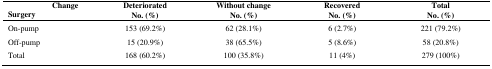
<table><thead><tr><td><b> Change</b></td><td><b>Deteriorated</b></td><td><b>Without change</b></td><td><b>Recovered</b></td><td><b>Total</b></td></tr><tr><td><b>Surgery</b></td><td><b>No. (%)</b></td><td><b>No. (%)</b></td><td><b>No. (%)</b></td><td><b>No. (%)</b></td></tr></thead><tbody><tr><td>On-pump</td><td>153 (69.2%)</td><td>62 (28.1%)</td><td>6 (2.7%)</td><td>221 (79.2%)</td></tr><tr><td>Off-pump</td><td>15 (20.9%)</td><td>38 (65.5%)</td><td>5 (8.6%)</td><td>58 (20.8%)</td></tr><tr><td>Total</td><td>168 (60.2%)</td><td>100 (35.8%)</td><td>11 (4%)</td><td>279 (100%)</td></tr></tbody></table>